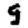
Digit: 9